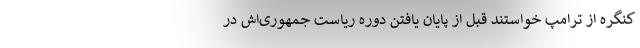
کنگره از ترامپ خواستند قبل از پایان یافتن دوره ریاست جمهوری‌اش در